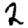
Digit: 2